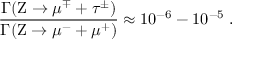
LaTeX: { \frac { \Gamma ( \mathrm { Z } \to \mu ^ { \mp } + \tau ^ { \pm } ) } { \Gamma ( \mathrm { Z } \to \mu ^ { - } + \mu ^ { + } ) } } \approx 1 0 ^ { - 6 } - 1 0 ^ { - 5 } \; .